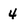
Character: 4